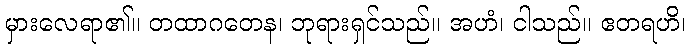
မှားလေရာ၏။ တထာဂတေန၊ ဘုရားရှင်သည်။ အဟံ၊ ငါသည်။ ဧတရဟိ၊